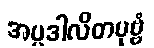
အပ္ပဒါလိတပုဗ္ဗံ